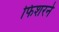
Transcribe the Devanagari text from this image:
फिशरने